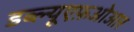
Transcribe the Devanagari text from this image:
डब्ल्यूएफ़ओआर